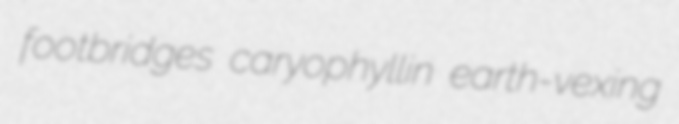
footbridges caryophyllin earth-vexing